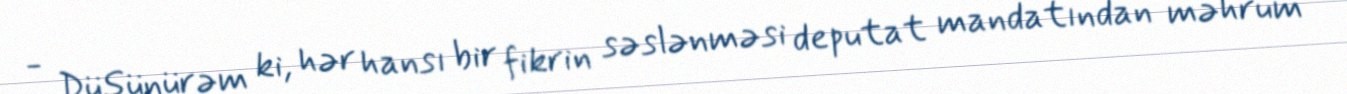
- Düşünürəm ki, hər hansı bir fikrin səslənməsi deputat mandatından məhrum